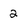
Character: 2